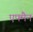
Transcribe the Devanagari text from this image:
एफ्मैन